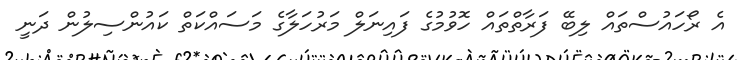
އެ ރޯހައުސްތައް ލިބޭ ފަރާތްތައް ހޮވުމުގެ ފައިނަލް މަރުހަލާގެ މަސައްކަތް ކައުންސިލުން ދަނީ